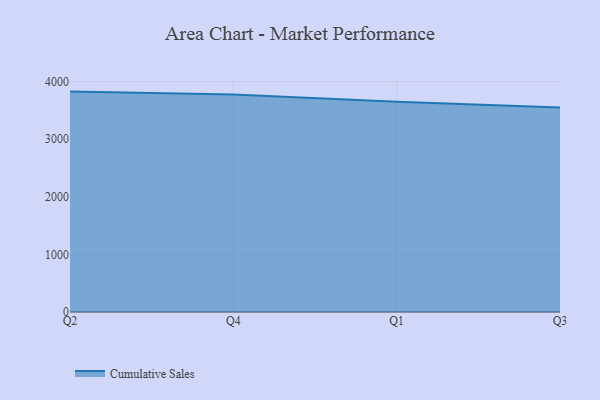
{"axis": {"x": "Quarter", "y": "Satisfaction Score"}, "legend": ["Cumulative Sales"], "data": [{"x": "Q2", "y": 3826.7, "type": "Cumulative Sales"}, {"x": "Q4", "y": 3774.2, "type": "Cumulative Sales"}, {"x": "Q1", "y": 3650.5, "type": "Cumulative Sales"}, {"x": "Q3", "y": 3550.0, "type": "Cumulative Sales"}]}